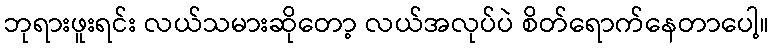
ဘုရားဖူးရင်း လယ်သမားဆိုတော့ လယ်အလုပ်ပဲ စိတ်ရောက်နေတာပေါ့။